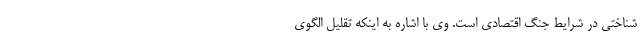
شناختی در شرایط جنگ اقتصادی است. وی با اشاره به اینکه تقلیل الگوی